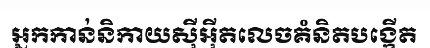
អ្នកកាន់និកាយស៊ីអ៊ីតលេចគំនិតបង្កើត